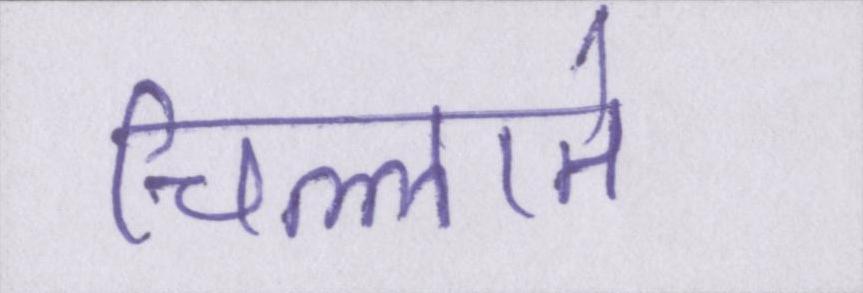
चिल्लाते